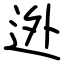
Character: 迯